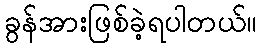
ခွန်အားဖြစ်ခဲ့ရပါတယ်။